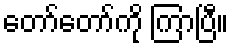
တော်တော်ကို ကြာပြီ။